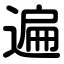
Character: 遍